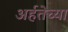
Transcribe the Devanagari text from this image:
अर्हतेच्या